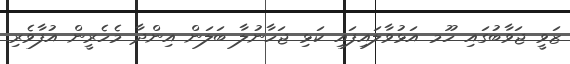
ޒަވީ ޖަވާބުގައި ހޫމ އަޅުވާލައިފައި ކަޅި ޖަހާނުލާ ބަލަން އިންދާ މެހެރީން އުފާވެރި